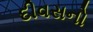
દીવસનો